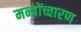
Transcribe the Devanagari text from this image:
मन्त्रोंच्चारण